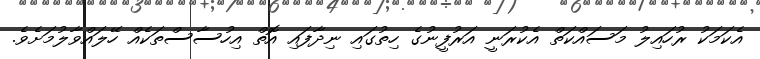
އެކަމަކު ރުހައިލު މަސައްކަތް އެކުރަނީ އަރުފީނުގެ ހިތުގައި ނިދާފައި އޮތް އިހުސާސްތަކެއް ހޭލައްވާލުމަށެވެ.